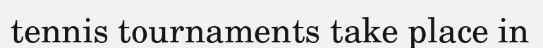
tennis tournaments take place in